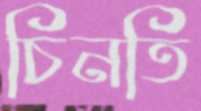
চিনতি